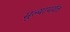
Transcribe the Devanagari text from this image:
मूल्यापर्यंत